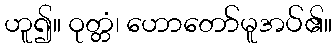
ဟူ၍။ ဝုတ္တံ၊ ဟောတော်မူအပ်၏။